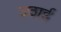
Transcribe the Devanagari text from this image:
उठाईं